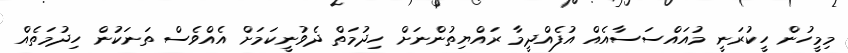
މިމީހުން ހީކުރަނީ މުއައްސަސާއެއް އުފެއްދީމާ ރައްޔިތުންނަށް ހިދުމަތް ދެވުނީކަމަށް އެއްވެސް ތަނަކުން ހިދުމަތެއް